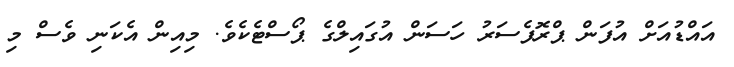
އައްޑުއަށް އުފަން ޕްރޮފެސަރު ހަސަން އުގައިލްގެ ޕޯސްޓެކެވެ. މިއިން އެކަނި ވެސް މި